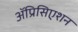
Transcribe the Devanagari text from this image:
ॲप्रिसिएशन